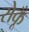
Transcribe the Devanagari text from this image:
रोकूँ